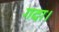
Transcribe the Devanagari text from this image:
गदा।